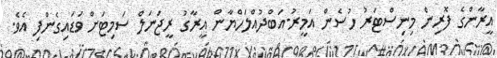
އީރާންގެ ފޮރިން މިނިސްޓަރު ހުސެން އަމީރު-އަބްދުއްލަހްޔާން އީރާގު ރީޖަނަލް ސަމިޓަށް ވަޑައިގެންފި އެވެ.